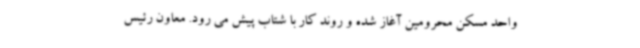
واحد مسکن محرومین آغاز شده و روند کار با شتاب پیش می رود. معاون رئیس